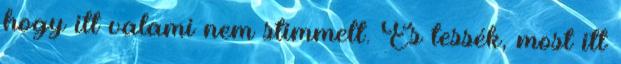
hogy itt valami nem stimmelt. És tessék, most itt